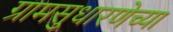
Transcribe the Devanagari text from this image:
ग्रामसुधारणेच्या